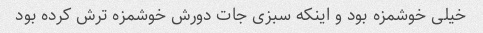
خیلی خوشمزه بود و اینکه سبزی جات دورش خوشمزه ترش کرده بود